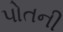
પોતની